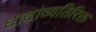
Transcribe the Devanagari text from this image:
धावांव्यतिरिक्त